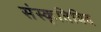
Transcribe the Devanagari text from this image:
संस्कृतिविद